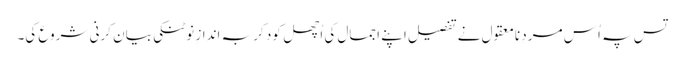
تس پہ اُس مردِ نامعقول نے تفصیل اپنے اجمال کی اُچھل کود کر بہ اندازِ نوٹنکی بیان کرنی شروع کی۔